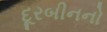
દૂરબીનનો